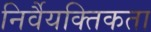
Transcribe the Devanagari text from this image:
निर्वैयक्तिकता